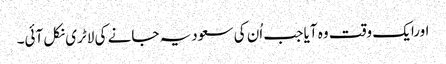
اورایک وقت وہ آیا جب اُن کی سعودیہ جانے کی لاٹری نکل آئی۔